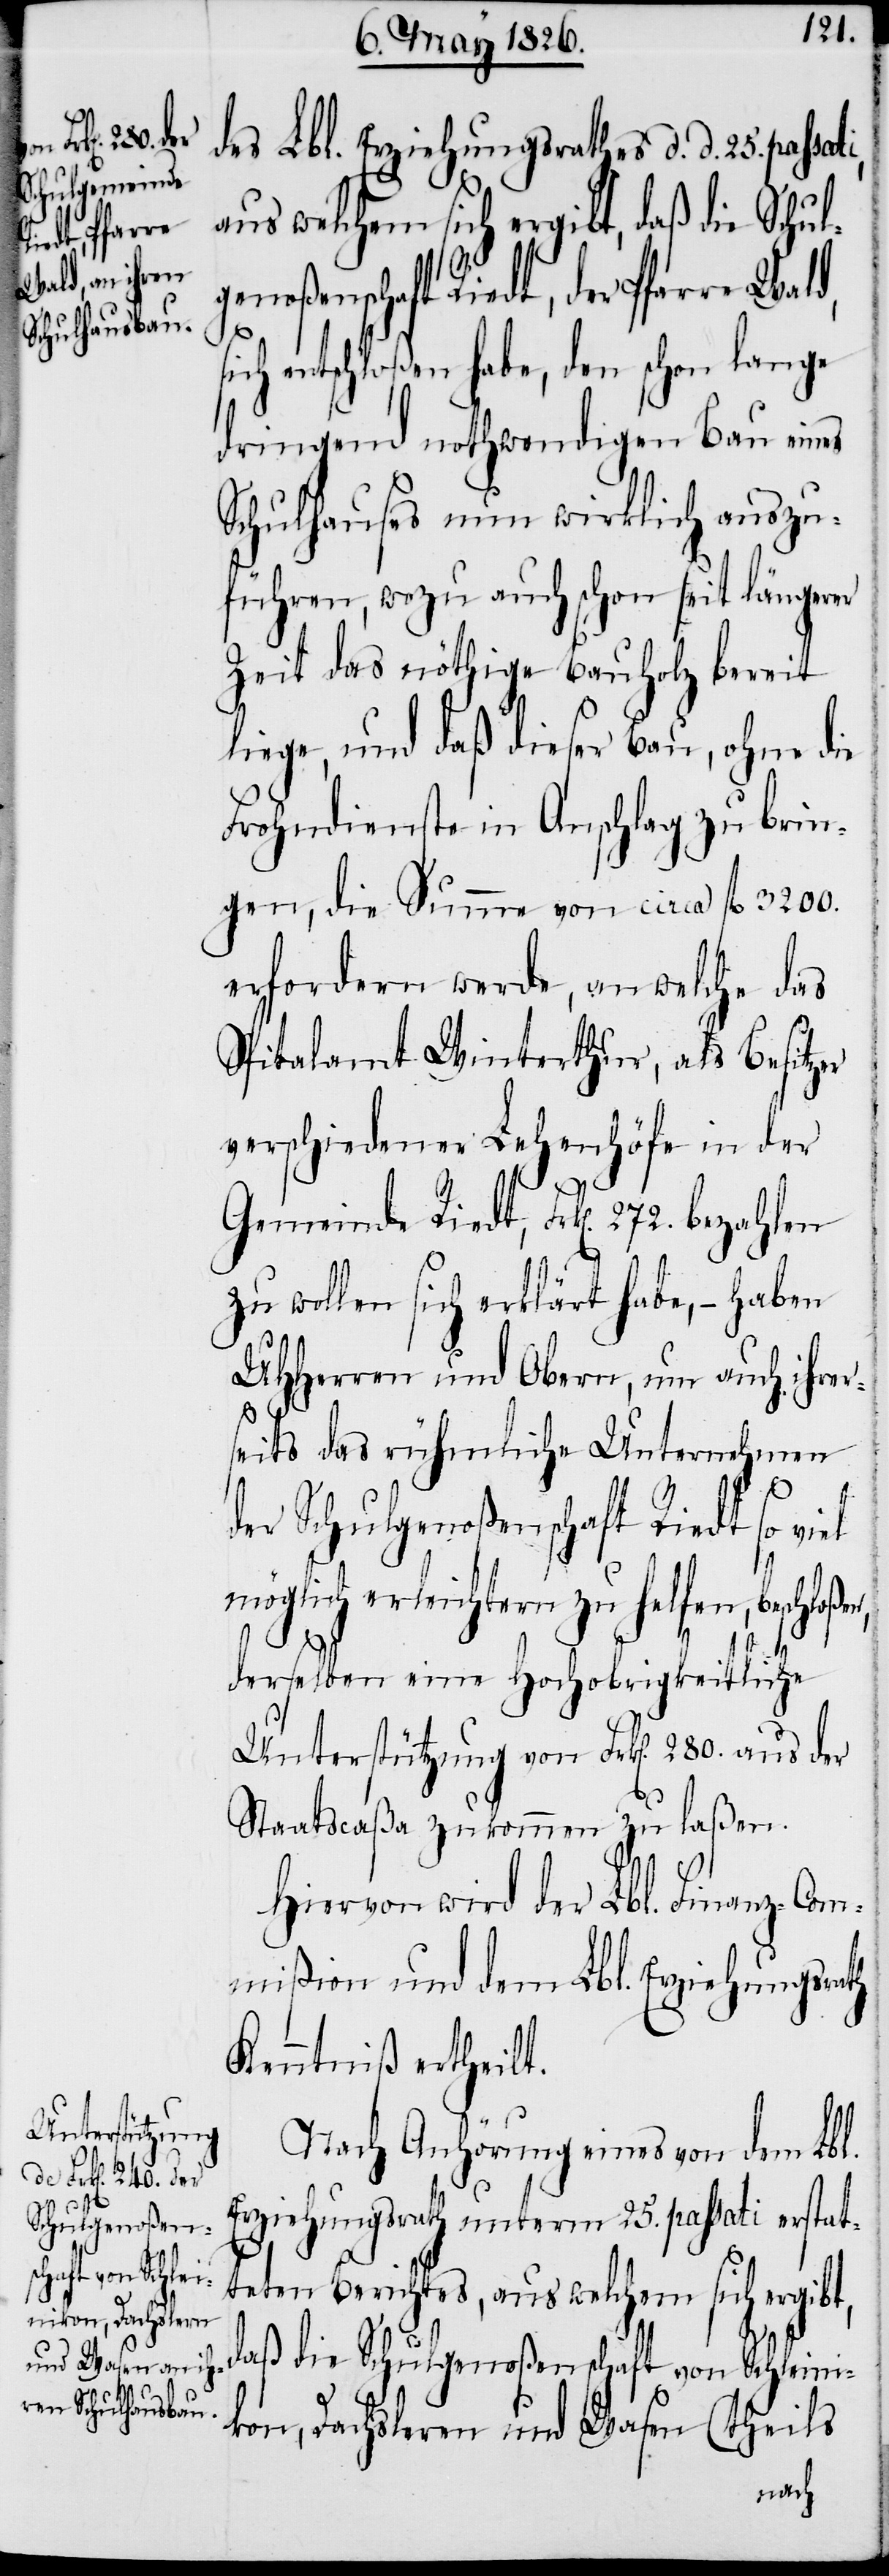
s¬
re Wald,

des Lbl. Erziehungsrathes d. d. 25. passat¬
i,
aus welchem sich ergibt, daß die Schul¬
genoßenschaft Riedt, der Pfar¬
ich entschloßen habe, den schon lange
dringend nothwendigen Bau eines
Schulhauses nun wirklich auszu¬
führen, wozu auch schon seit längerer
Zeit das nöthige Bauholz bereit
liege, und daß dieser Bau, ohne die
Frohndienste in Anschlag zu brin¬
gen, die Summe von circa fl. 3200.
erfordern werde, an welche das
Spitalamt Winterthur, als Besitzer
verschiedener Lehenhöfe in der
bt,
zu wollen sich erklärt habe, – haben
UHHerren und Obern, nun auch ihrer¬
seits das rühmliche Unternehmen
der Schulgenoßenschaft Riedt so
möglich erleichtern zu helfen, beschloßen,
derselben eine Hochobrigkeitliche
Unterstützung von Frk[en]. 280. aus der
Staatscaßa zukommen zu laßen.
Hiervon wird der Lbl. Finanz-Com¬
mißion und dem Lbl. Erziehungsrath
Kenntniß ertheilt.
Nach Anhörung eins von dem Lbl.
Erziehungsrath unterm 25. passati ersta¬
ten Berichtes, aus welchem sich ergi¬
daß die Schulgenoßenschaft von Schleini¬
kon, Dachsleren und Wasen (theils